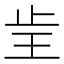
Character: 𰙝